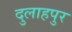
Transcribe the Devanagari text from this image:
दुलाहपुर